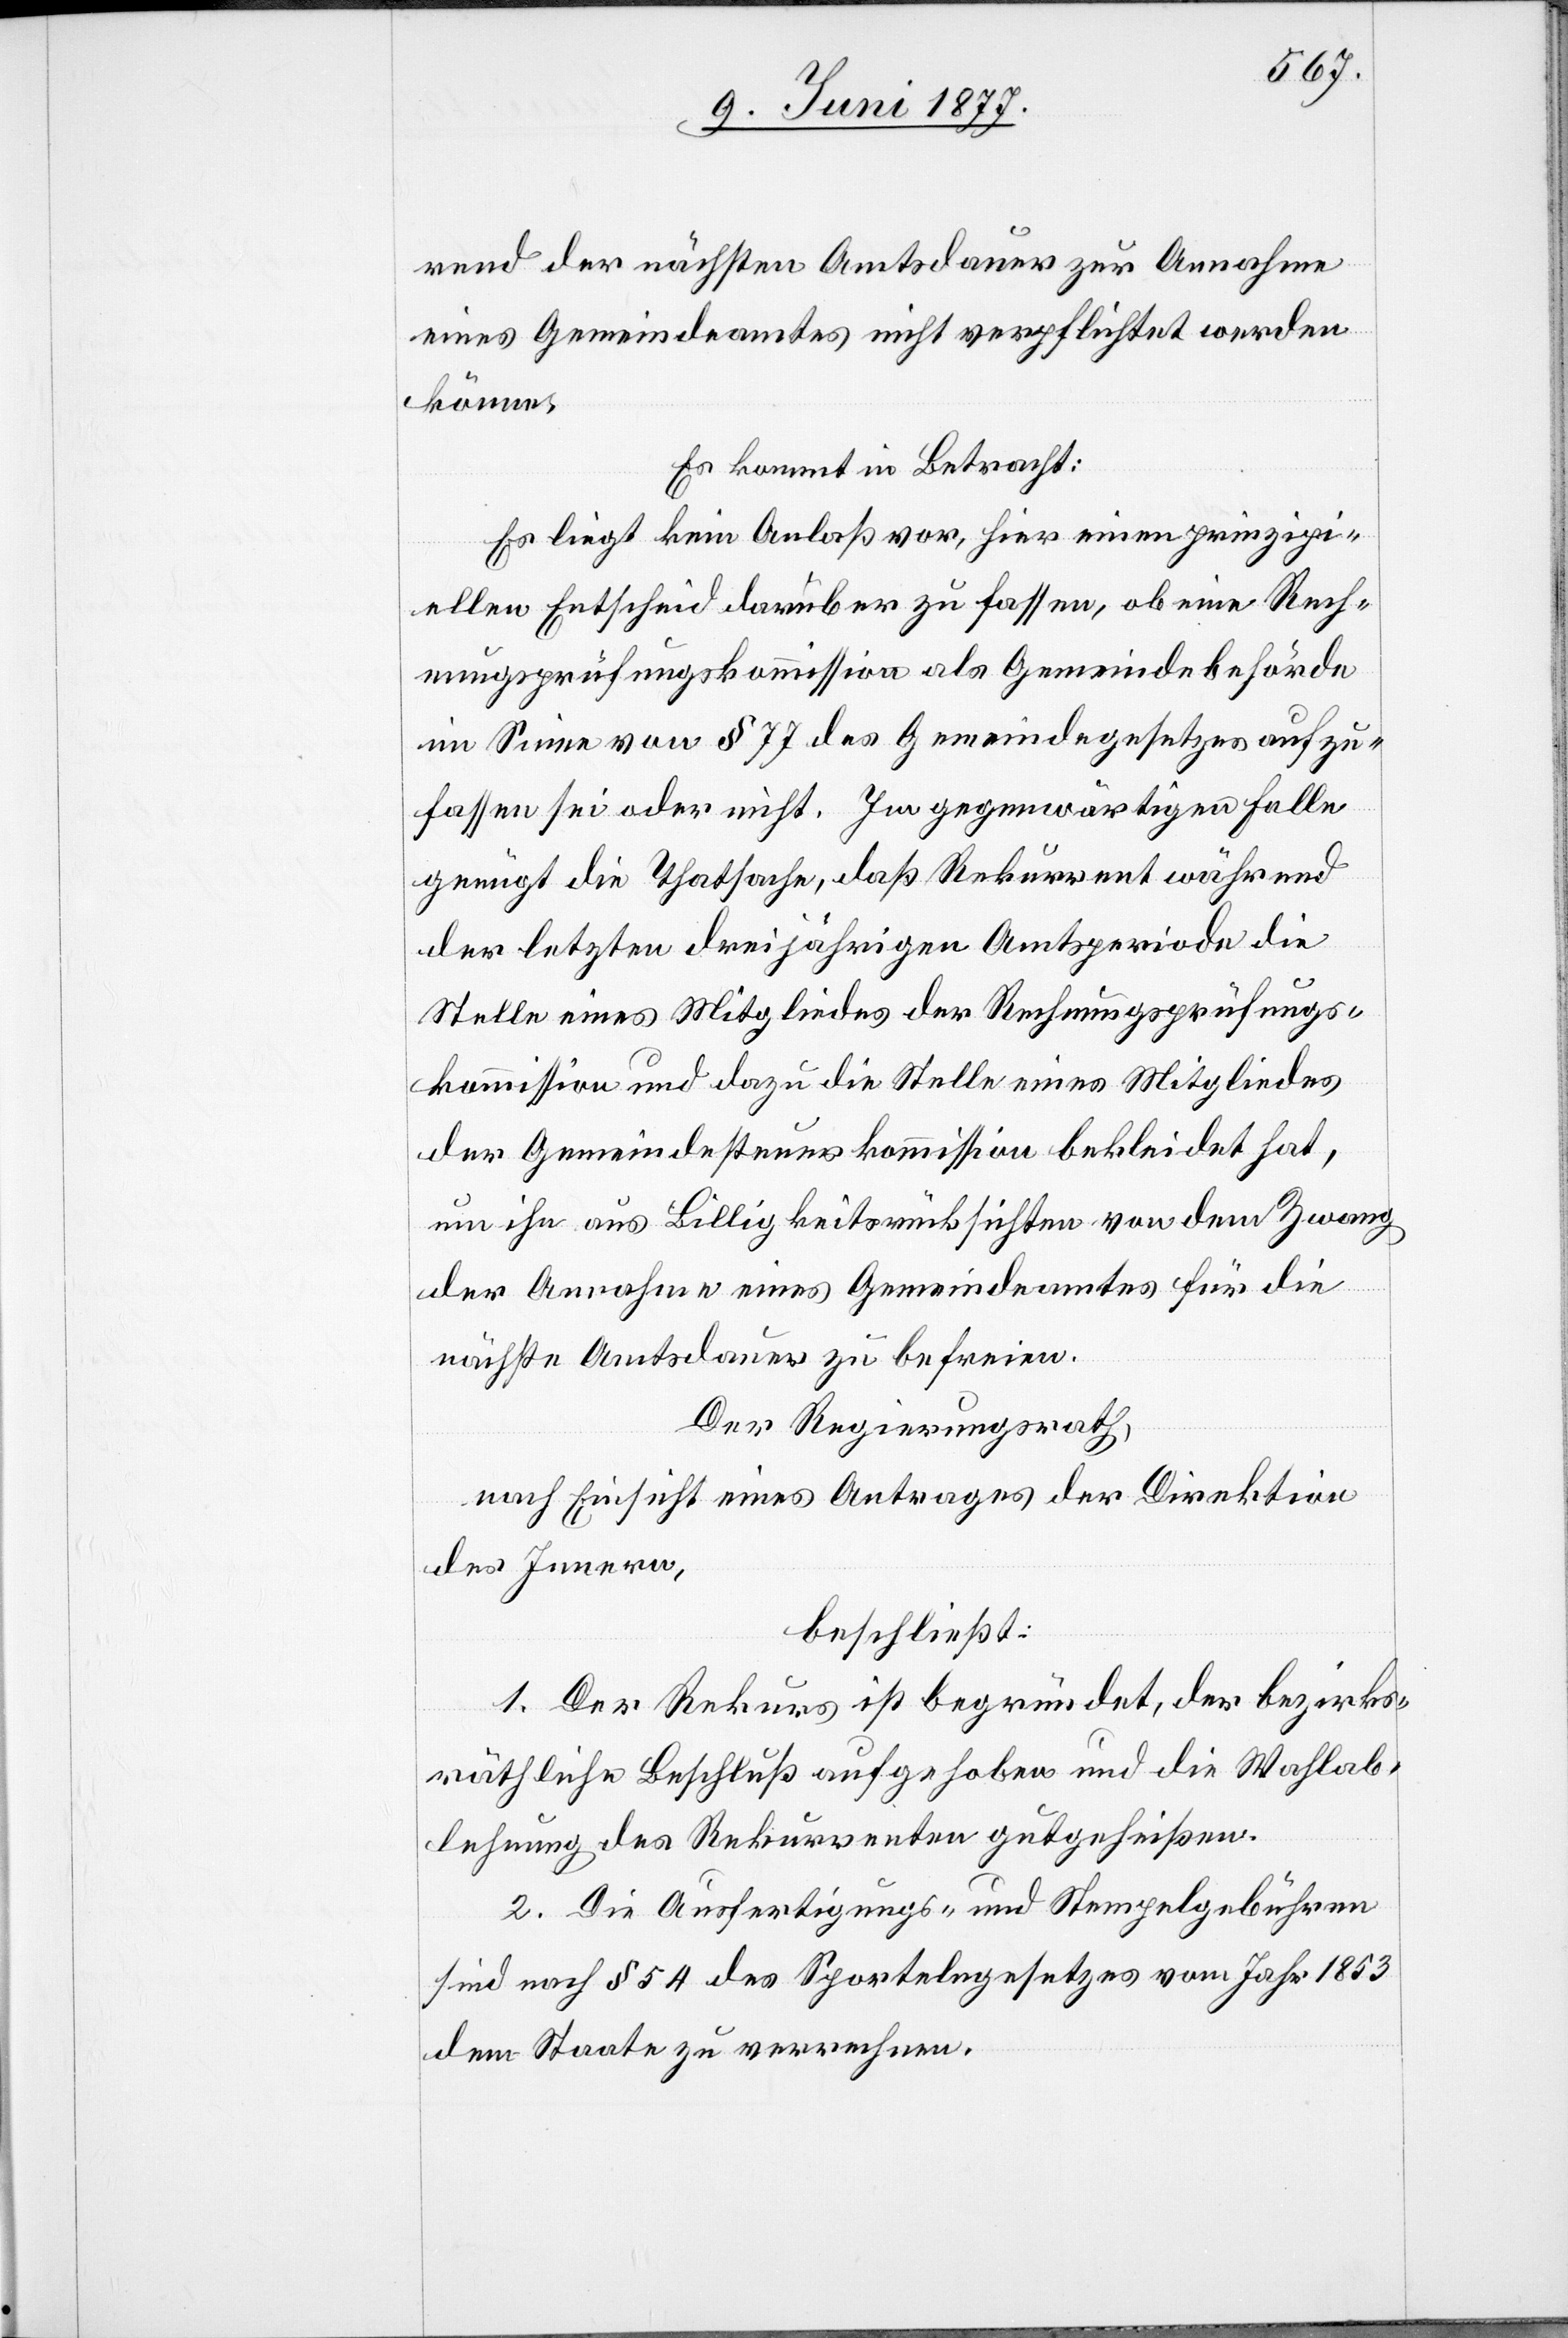
rend der nächsten Amtsdauer zur Annahme
eines Gemeindeamtes nicht verpflichtet werden
könne.
Es kommt in Betracht:
Es liegt kein Anlaß vor, hier einen prinzipi¬
ellen Entscheid darüber zu fassen, ob eine Rech¬
nungsprüfungskommission als Gemeindebehörde
im Sinne von § 77 des Gemeindegesetzes aufzu¬
fassen sei oder nicht. Im gegenwärtigen Falle
genügt die Thatsache, daß Rekurrent während
der letzten dreijährigen Amtsperiode die
Stelle eines Mitgliedes der Rechnungsprüfungs¬
kommission und dazu die Stelle eines Mitgliedes
der Gemeindesteuerkommission bekleidet hat,
um ihn aus Billigkeitsrücksichten von dem Zwang
der Annahme eines Gemeindeamtes für die
nächste Amtsdauer zu befreien.
Der Regierungsrath,
nach Einsicht eines Antrages der Direktion
des Innern,
beschließt:
1. Der Rekurs ist begründet, der bezirks¬
räthliche Beschluß aufgehoben und die Wahlab¬
lehnung des Rekurrenten gutgeheißen.
2. Die Ausfertigungs- und Stempelgebühren
sind nach § 54 des Sportelngesetzes vom Jahr 1853
dem Staate zu verrechnen.